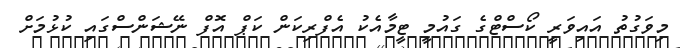
މިވަގުތު އައިވަރީ ކޯސްޓްގެ ގައުމީ ޓީމާއެކު އެފްރިކަން ކަޕް އޮފް ނޭޝަންސްގައި ކުޅުމަށް